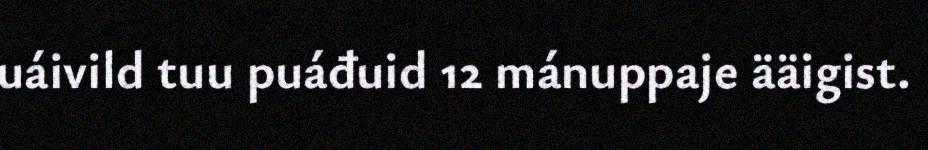
uáivild tuu puáđuid 12 mánuppaje ääigist.